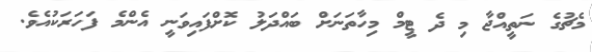
މެޗުގެ ނަތީއްޖާ މި ދެ ޓީމް މިހާތަނަށް ބައްދަލު ކޮށްފައިވަނީ އެންމެ ފަހަރަކުއެވެ.